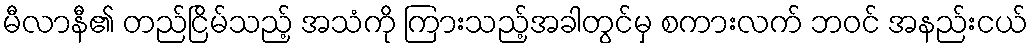
မီလာနီ၏ တည်ငြိမ်သည့် အသံကို ကြားသည့်အခါတွင်မှ စကားလက် ဘဝင် အနည်းငယ်